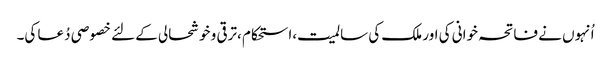
اُنہوں نے فاتحہ خوانی کی اور ملک کی سالمیت،استحکام ،ترقی و خوشحالی کے لئے خصوصی دُعا کی۔